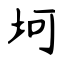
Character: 坷